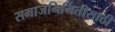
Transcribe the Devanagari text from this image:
समाजनिर्मितीसाठी